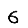
Digit: 6